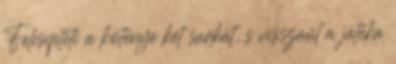
Felcsípteti a köténye két sarkát, s visszaül a játéka